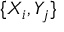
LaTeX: \{ X _ { i } , Y _ { j } \}